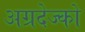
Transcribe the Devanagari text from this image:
अग्रदेज्को